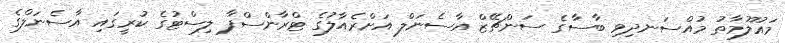
މައުލޫމާތު މުއްސަނދިވި ބާސާގެ ސަންޗޭޒް އާސެނަލް އަށްރެއާލުގެ ޓްރާންސްފާ ލިސްޓުގެ ކުރީގައި އާސެނަލްގެ